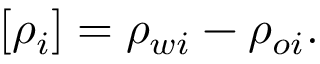
[ \rho _ { i } ] = \rho _ { w i } - \rho _ { o i } .